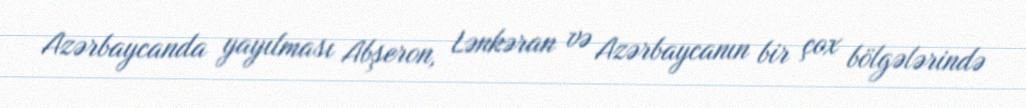
Azərbaycanda yayılması Abşeron, Lənkəran və Azərbaycanın bir çox bölgələrində